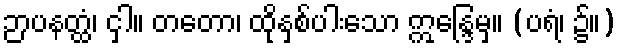
ဉာပနတ္ထံ၊ ငှါ။ တတော၊ ထိုနှစ်ပါးသော ဣန္ဒြေမှ။ (ပရံ၊ ၌။)